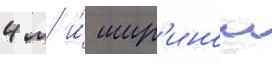
4 м и́ шир'инои